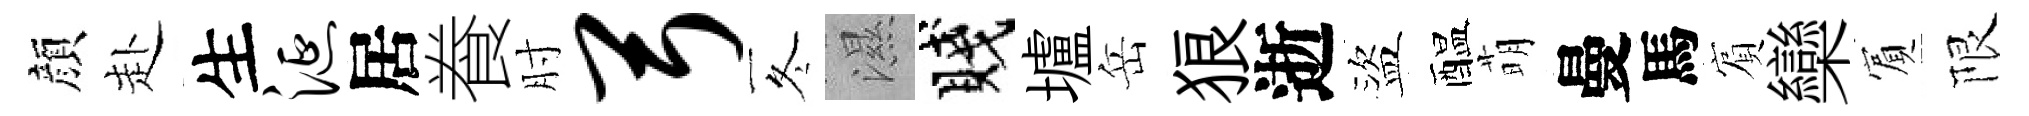
顔赴生涎居飬肘弓冬濕賤壚岳狼逝盜醖萌曼馬賔欒賔限